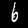
Label: 6